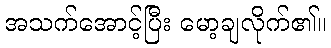
အသက်အောင့်ပြီး မော့ချလိုက်၏။